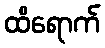
ထိရောက်